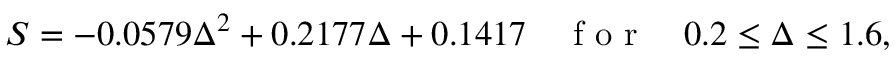
S = - 0 . 0 5 7 9 \Delta ^ { 2 } + 0 . 2 1 7 7 \Delta + 0 . 1 4 1 7 \quad \textrm { f o r } \quad 0 . 2 \leq \Delta \leq 1 . 6 ,